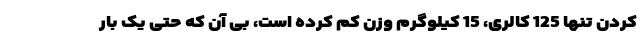
کردن تنها 125 کالری، 15 کیلوگرم وزن کم کرده است، بی آن که حتی یک بار